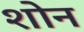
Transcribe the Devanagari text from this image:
शोन